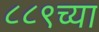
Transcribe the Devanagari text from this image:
८८९च्या